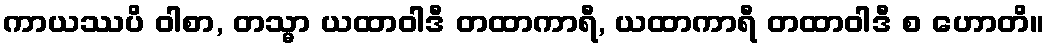
ကာယဿပိ ဝါစာ, တသ္မာ ယထာဝါဒီ တထာကာရီ, ယထာကာရီ တထာဝါဒီ စ ဟောတိ။